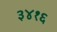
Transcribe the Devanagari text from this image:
३४१६